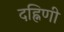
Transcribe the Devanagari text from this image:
दह्निणी